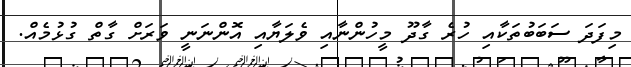
މިފަދަ ސަބަބުތަކާއި ހުރެ ގާދޫ މީހުންނާއި ވެލަޔާއި އޮންނަނީ ވަރަށް ގާތް ގުޅުމެއް.